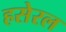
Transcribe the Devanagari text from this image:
हसेरल